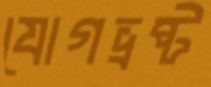
যোগভ্রষ্ট